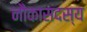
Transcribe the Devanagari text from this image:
नौकासदस्य